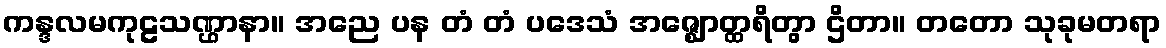
ကန္ဒလမကုဠသဏ္ဌာနာ။ အညေ ပန တံ တံ ပဒေသံ အဇ္ဈောတ္ထရိတွာ ဌိတာ။ တတော သုခုမတရာ